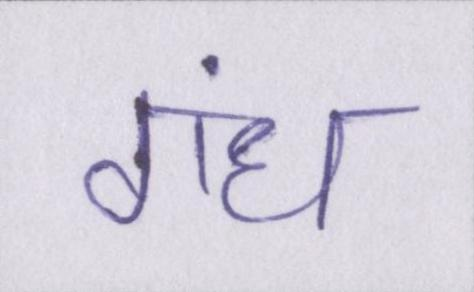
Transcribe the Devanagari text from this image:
गंध